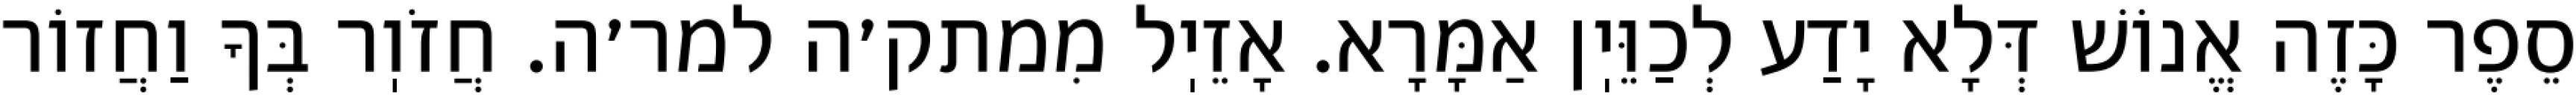
סֵפֶר כָּזֶה אֱנוֹשׁ דְּלָא יָדַע לְכַוֵּיֽן אַמָּרָא. אָזֵיֽל מִמתק׳ה למר׳ה. חֲזֹוֽר בְּךָ וַחֲזוֹר